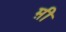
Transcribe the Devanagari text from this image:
म़ी